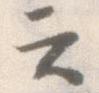
云